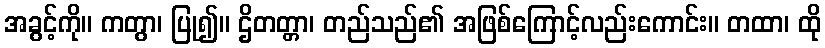
အခွင့်ကို။ ကတွာ၊ ပြု၍။ ဌိတတ္တာ၊ တည်သည်၏ အဖြစ်ကြောင့်လည်းကောင်း။ တထာ၊ ထို